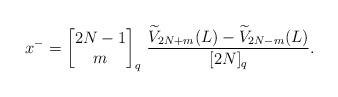
LaTeX: \begin{align*}x^- = \left[\begin{matrix}2N-1 \\ m\end{matrix}\right]_q \, \dfrac{\widetilde V_{2N+m}(L) - \widetilde V_{2N-m}(L)}{[2N]_q}. \end{align*}